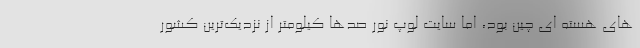
های هسته ای چین بود، اما سایت لوپ نور صدها کیلومتر از نزدیک‌ترین کشور